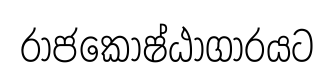
රාජකොෂ්ඨාගාරයට